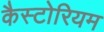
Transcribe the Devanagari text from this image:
कैस्टोरियम